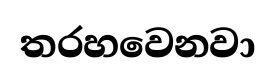
තරහවෙනවා